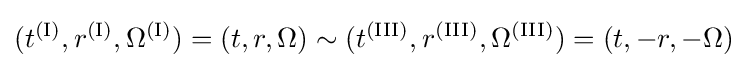
(t^{\text{(I)}},r^{\text{(I)}},\Omega ^{\text{(I)}})=(t,r,\Omega )\sim (t^{\text{(III)}},r^{\text{(III)}},\Omega ^{\text{(III)}})=(t,-r,-\Omega )